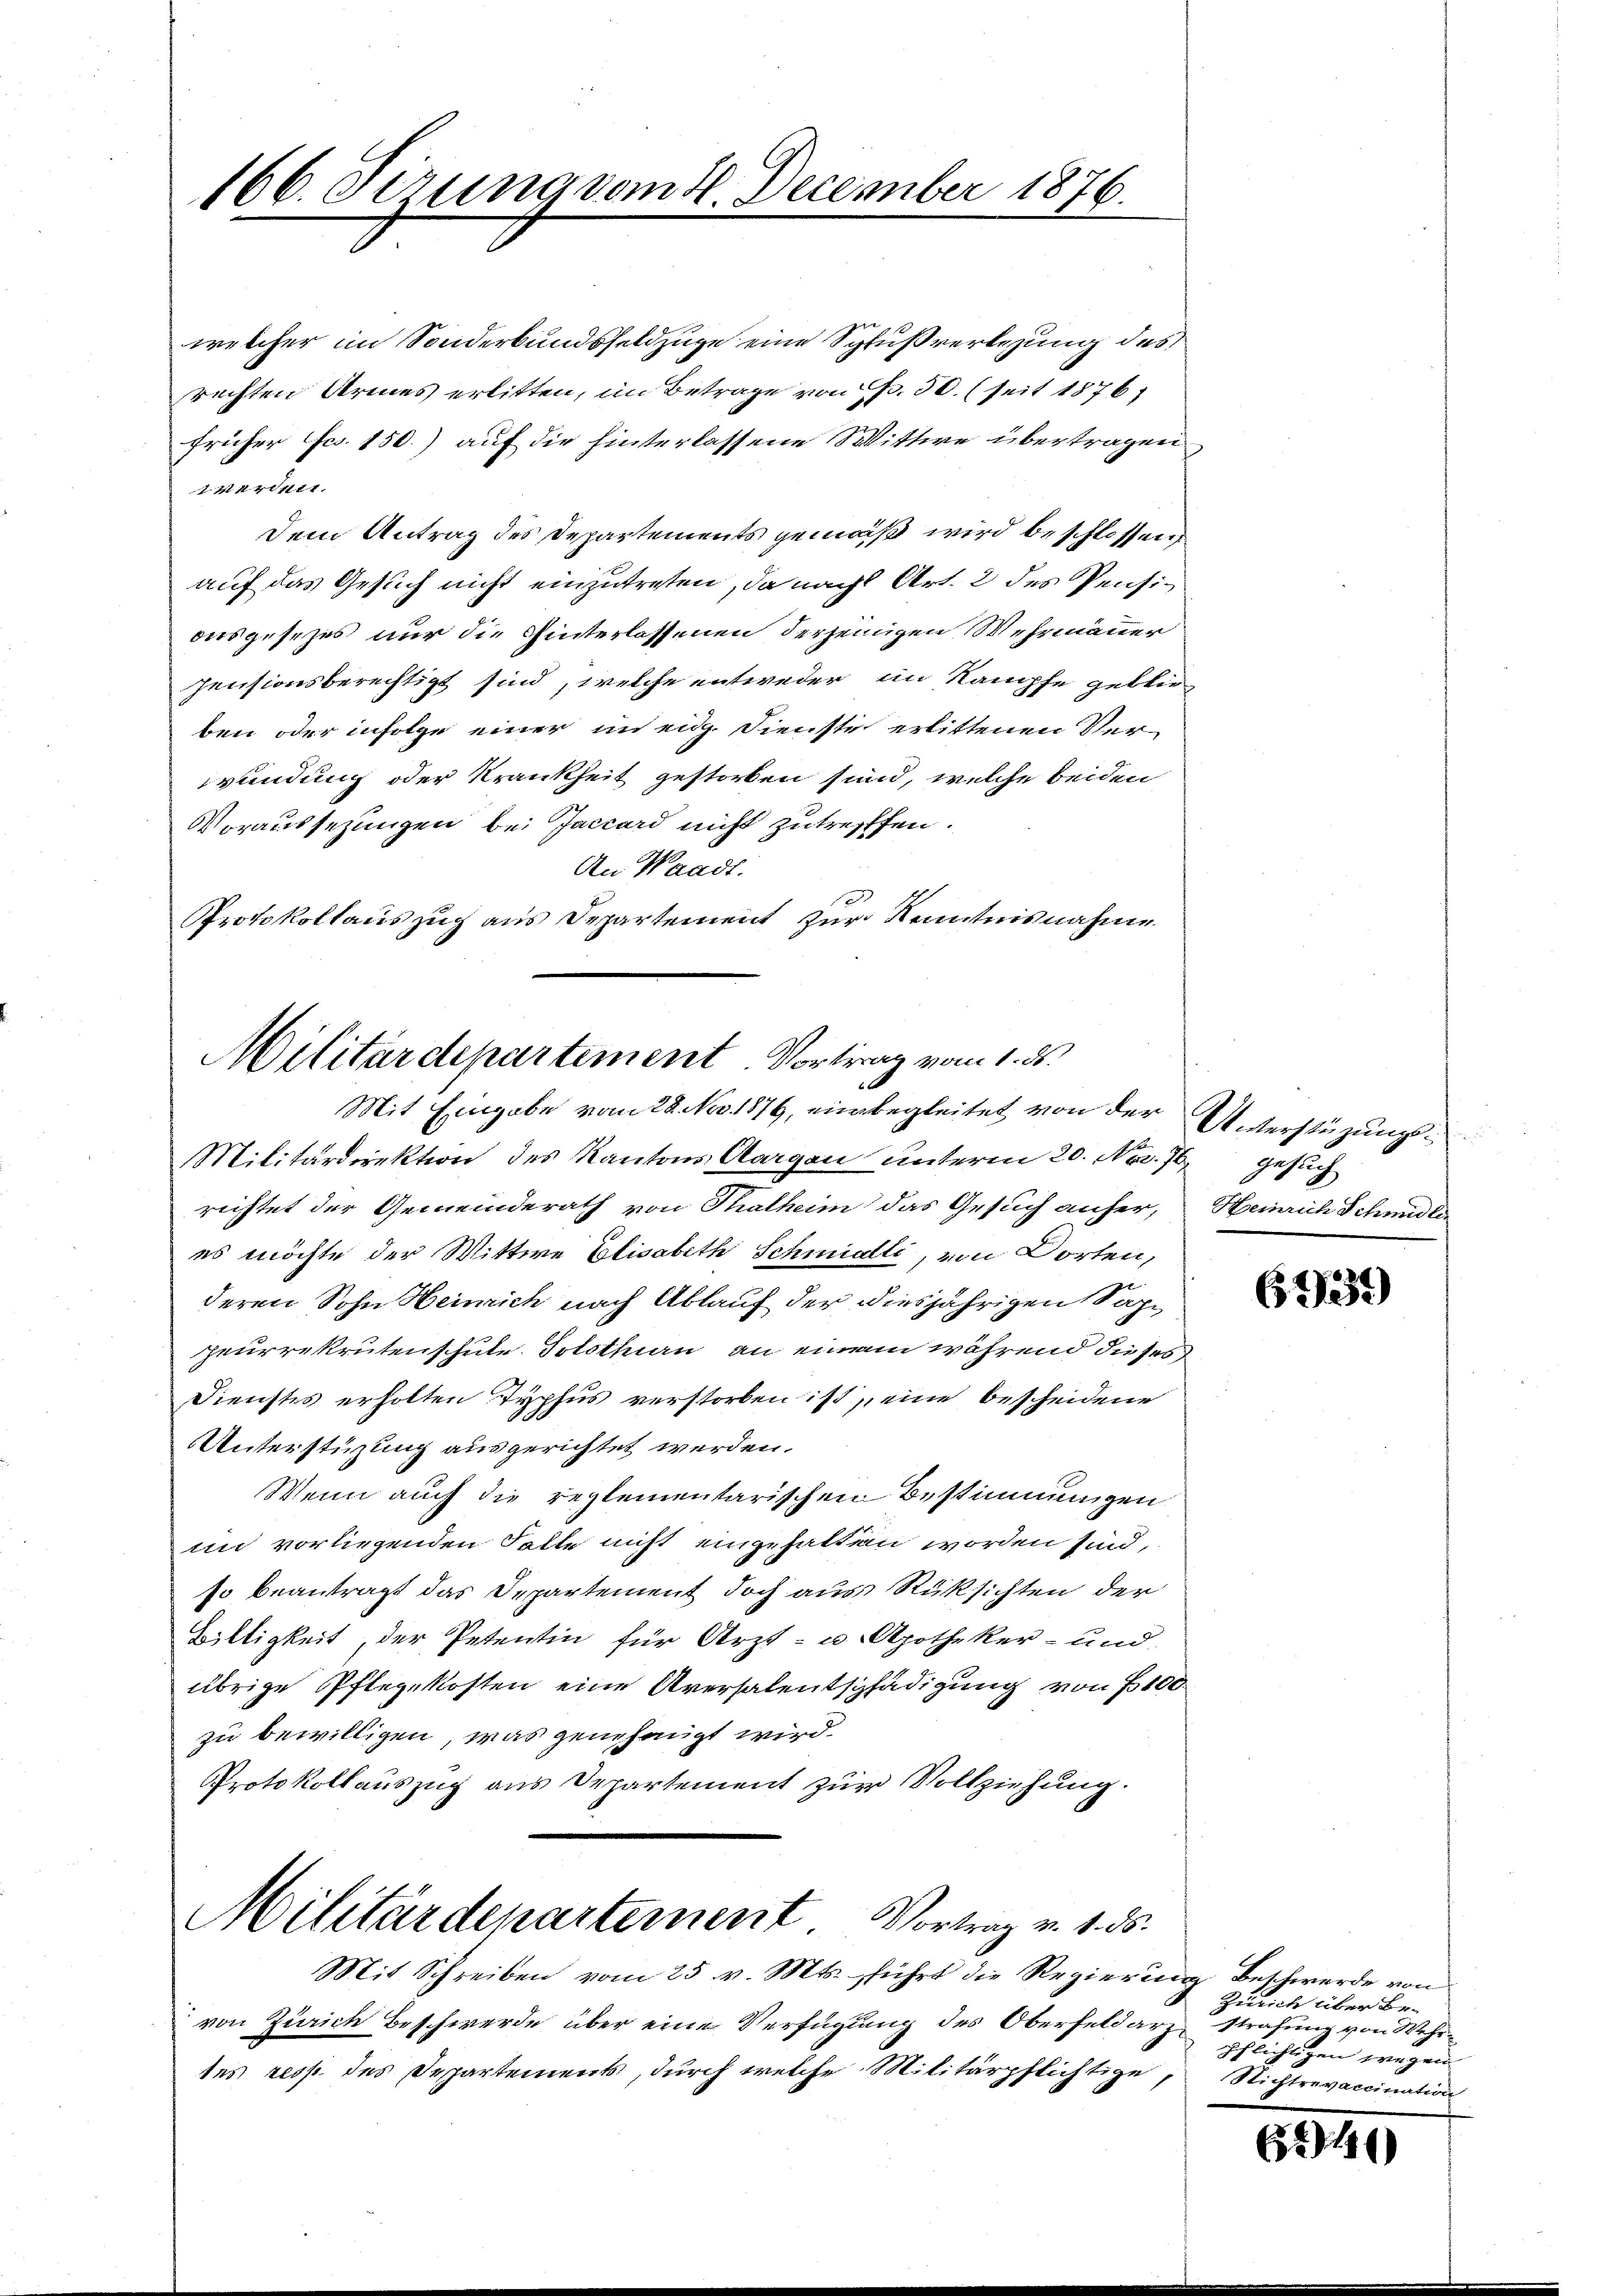
welcher im Sonderbundsfeldzüge eine Schlußverlegung des
rechten Armes erlitten, im Betrage von p. 50. (seit 1876
früher Fcs. 150.) auf die hinterlassene Wittwe übertragen
verint.
Dem Antrag des Departements gemäß wird beschlossen,
auf das Gesuch nicht einzutreten, da nach Art. 2 des Pensiausgesetzes nur die Hinterlassenen derjenigen Wehrmänner
pensionsberechtigt sind, welche entweder im Kampfe geblieben oder infolge einer in eidg. Dienste erlittenen Ver-
wundung oder Krankheit gestorben sind, welche beiden
Voraussezungen bei Jaccard nicht zutreffen.
An Waadt.
Protokollauszug aus Departement zur Kenntnisnahme

166. Serung vom 2. December 1876.

Militärdepartement. Vortrag vom 1. ds.
1
Mit Eingabe vom 28. Nov. 1876, einbegleitet von der

Mit Schreiben vom 25. v. Mts. führt die Regierung Beschwerde von
von Zürich Beschwerde über eine Verfügung des Oberfeldarz strafung von Wehrtes resp. des Departements, durch welche Militärpflichtige, Nichtrevaccination

Militärdirektion des Kantons Aargau unterm 20. Nov. 70. Gesuch
rechtet der Gemeinderath von Thalheim das Gesuch anfer, Heinrich Schmidlies möchte der Wittwe Elisabeth Schmidli, von Dorten,
deren Sohn Heinrich nach Ablauf der diesjährigen Sapgeurrekrutenschule. Solothin an einem während dieses
Dienstes erholten Typhus verstorben ist eine bescheidene
Unterstüzung ausgerichtet werden.
Wenn auch die reglementarischen Bestimmungen
min vorliegenden Falle nicht eingehalten worden sind,
so beantragt das Departement doch aus Rüksichten der
Billigkeit, der Petentin für Arzt- u Apotheker- und
übrige Pflegekosten eine Aversalentschädigung von 100
zu bewilligen, was genehmigt wird.
Protokollauszug aus Departement zur Vollziehung.

Militärdepartement. Vortrag v. 1. ds.

Unterstüzungs¬

613)

Zürich über Be-
pflichtigen wegen

2146)